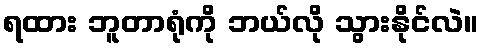
ရထား ဘူတာရုံကို ဘယ်လို သွားနိုင်လဲ။